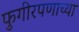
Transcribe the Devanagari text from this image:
फुगीरपणाच्या